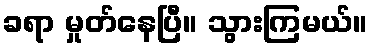
ခရာ မှုတ်နေပြီ။ သွားကြမယ်။